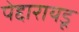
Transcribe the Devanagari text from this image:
पेद्दारायडू